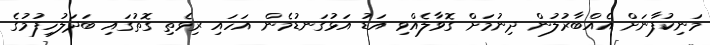
މަނިކުފާނަށް އެއްބާރުލުން ދިނުމަށް ގޮވާލެއްވި އަޑު އަޅުގަނޑުމެން އަހައި ރިވެތި ގޮތުގައި ބަދަލުހިފުމުގެ